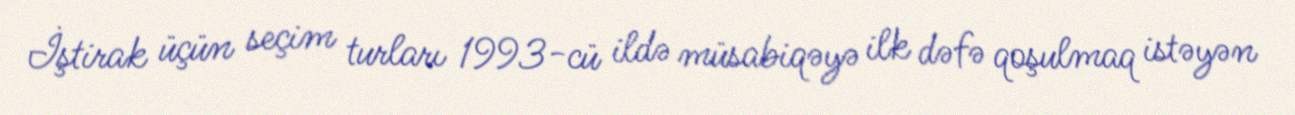
İştirak üçün seçim turları 1993-cü ildə müsabiqəyə ilk dəfə qoşulmaq istəyən